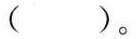
( )。